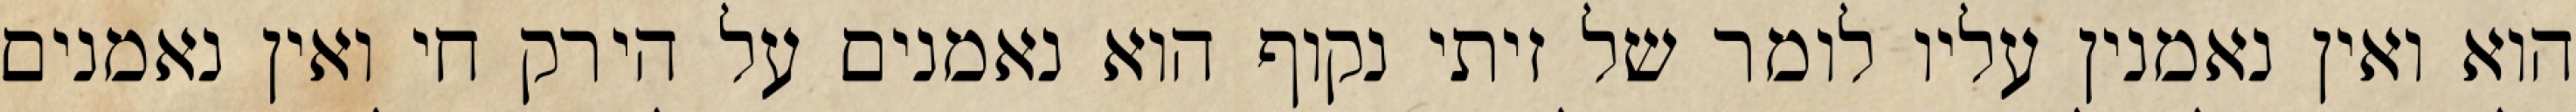
הוא ואין נאמנין עליו לומר של זיתי נקוף הוא נאמנים על הירק חי ואין נאמנים